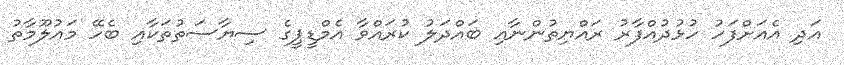
އަދި އެއަށްފަހު ހުޅުދުއްފާރު ރައްޔިތުންނާއި ބައްދަލު ކުރައްވާ އެމްޑީޕީގެ ސިޔާސަތުތަކާއި ބެހޭ މައުލޫމާތު